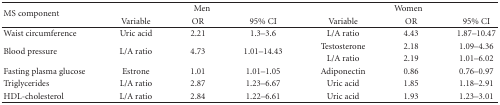
| <ROWSPAN=2> MS component | <COLSPAN=3> Men | <COLSPAN=3> Women |
 | Variable | OR | 95% CI | Variable | OR | 95% CI |
 | --- | --- | --- | --- | --- | --- | --- |
 | Waist circumference | Uric acid | 2.21 | 1.3–3.6 | L/A ratio | 4.43 | 1.87–10.47 |
 | <ROWSPAN=2> Blood pressure | <ROWSPAN=2> L/A ratio | <ROWSPAN=2> 4.73 | <ROWSPAN=2> 1.01–14.43 | Testosterone | 2.18 | 1.09–4.36 |
 | L/A ratio | 2.19 | 1.01–6.02 |
 | Fasting plasma glucose | Estrone | 1.01 | 1.01–1.05 | Adiponectin | 0.86 | 0.76–0.97 |
 | Triglycerides | L/A ratio | 2.87 | 1.23–6.67 | Uric acid | 1.85 | 1.18–2.91 |
 | HDL-cholesterol | L/A ratio | 2.84 | 1.22–6.61 | Uric acid | 1.93 | 1.23–3.01 |